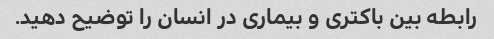
رابطه بین باکتری و بیماری در انسان را توضیح دهید.